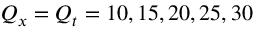
Q _ { x } = Q _ { t } = 1 0 , 1 5 , 2 0 , 2 5 , 3 0